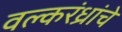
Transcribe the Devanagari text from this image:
वल्करंध्रांचे